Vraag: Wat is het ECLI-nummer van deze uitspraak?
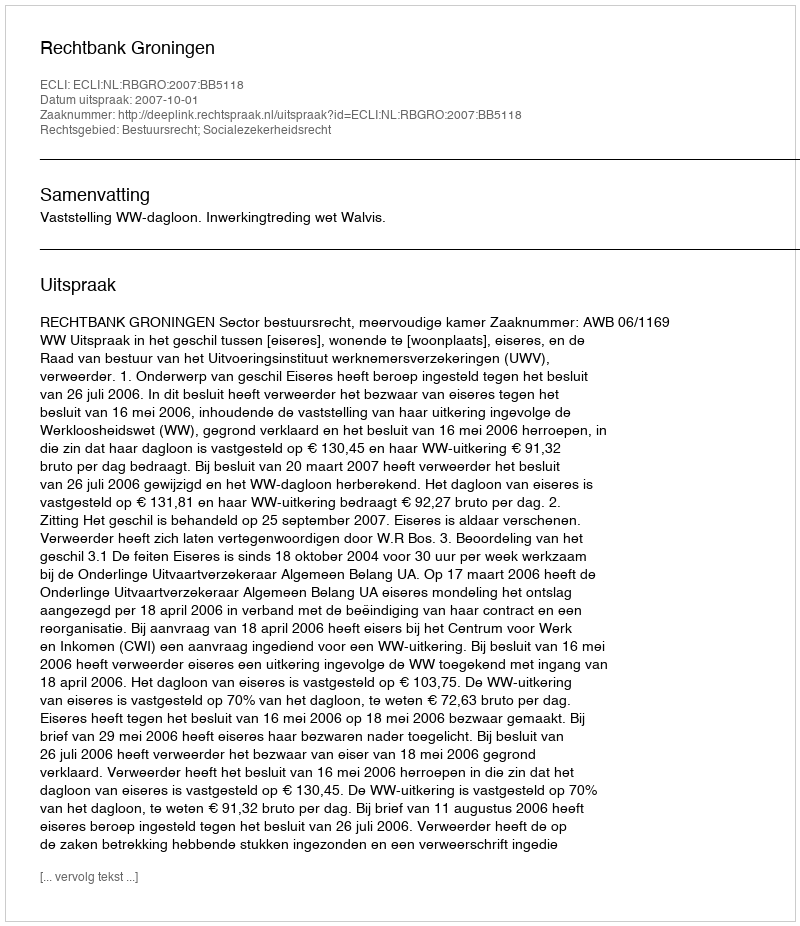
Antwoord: ECLI:NL:RBGRO:2007:BB5118